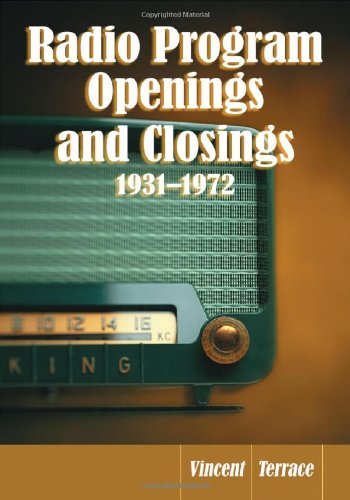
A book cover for Radio Program Openings and Closings, 1931-1972; Vincent Terrace; Humor & Entertainment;